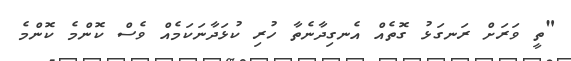
"ތީ ވަރަށް ރަނގަޅު ގޮތެއް އެނގިދާނެތާ ހުރި ކުޅަދާނަކަމެއް ވެސް ކޮންމެ ކޮންމެ